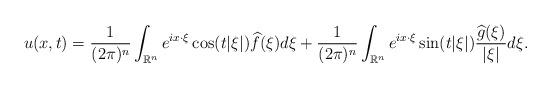
LaTeX: \begin{align*}u(x,t) = \frac{1}{(2\pi)^{n}}\int_{\mathbb R^n} e^{i x\cdot \xi} \cos (t |\xi|) \widehat f(\xi) d\xi+ \frac{1}{(2\pi)^{n}} \int_{\mathbb R^n} e^{i x\cdot \xi} \sin (t |\xi|) \frac{\widehat g(\xi)}{|\xi|} d\xi. \end{align*}